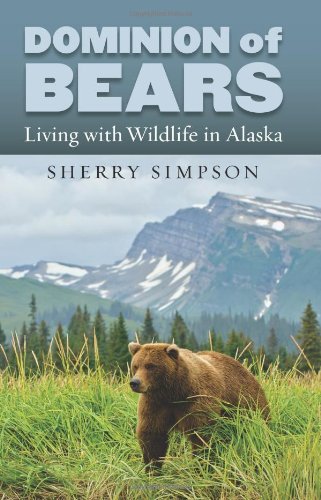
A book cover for Dominion of Bears: Living with Wildlife in Alaska; Sherry Simpson; History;